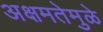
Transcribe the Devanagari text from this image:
अक्षमतेमुळे